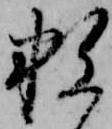
数